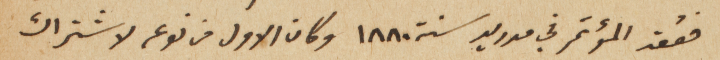
فعُقد المؤتمر في مدريد سنة ١٨٨٠ وكان الاول من نوعه لاشتراك